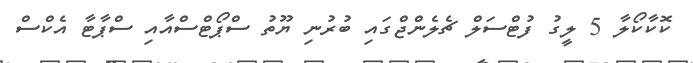
ކޮކާކޯލާ 5 ލީގު ފުޓްސަލް ޗެލެންޖްގައި ބުރުނި ޔޫތު ސްޕޯޓްސްއާއި ސްޕާޓާ އެކްސް